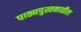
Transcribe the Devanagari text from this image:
पाठ्यपुस्तकातील